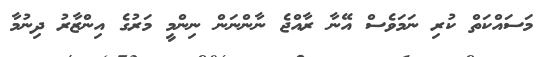
މަސައްކަތް ކުރި ނަމަވެސް އޭނާ ރާއްޖެ ނާންނަން ނިންމީ މަރުގެ އިންޒާރު ދިނުމާ